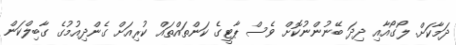
ދަމާކަށް. ލޯގޯއާއި ދިދަ ބޭނުންނުކޮށް ވެސް ޕާޓީގެ ކަންތައްތައް ކުރިއަށް ގެންދިއުމުގެ ގާބިލްކަން